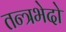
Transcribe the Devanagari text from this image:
तन्त्रभेदो